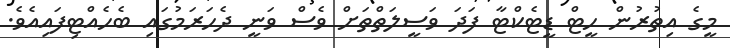
މީގެ އިތުރުން ހީޓް ޑީޓެކްޓާ ފަދަ ވަސީލަތްތަށް ވެސް ވަނީ ދެހަރަމުގައި ބެހެއްޓިފައިއެވެ.